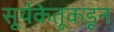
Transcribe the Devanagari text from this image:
सूर्यकेतूकडून